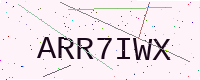
Text: ARR7IWX